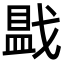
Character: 𪭓